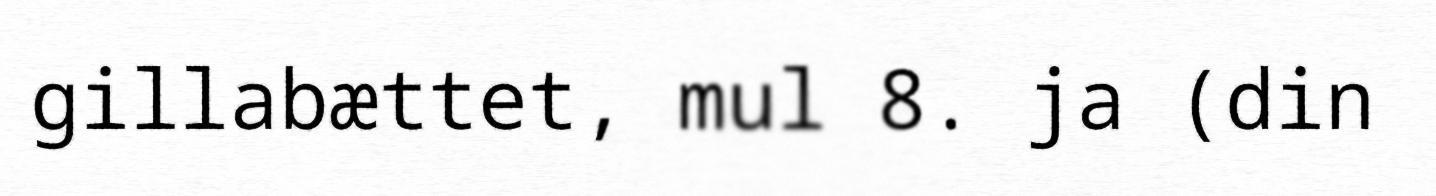
gillabættet, mul 8. ja (din